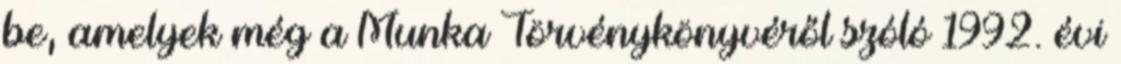
be, amelyek még a Munka Törvénykönyvéről szóló 1992. évi